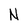
Character: N